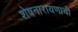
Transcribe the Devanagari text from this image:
शेषनारायणाची